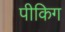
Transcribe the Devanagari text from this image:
पीकिग